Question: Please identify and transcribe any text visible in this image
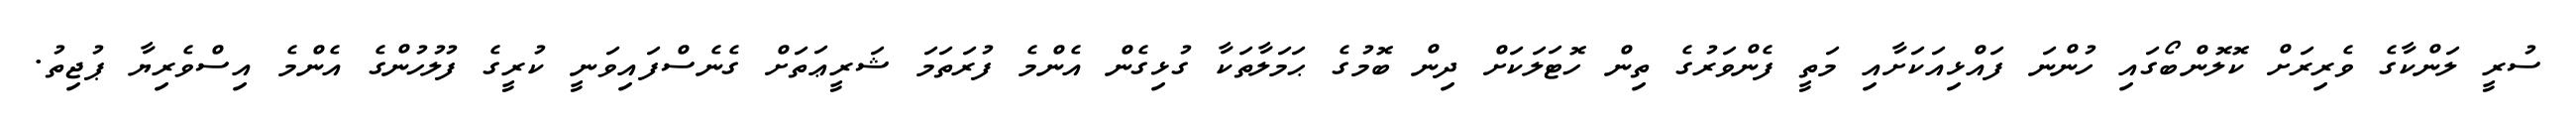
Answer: ސުރީ ލަންކާގެ ވެރިރަށް ކޮލޮންބޯގައި ހުންނަ ފައްޅިއަކަށާއި މަތީ ފެންވަރުގެ ތިން ހޮޓަލަކަށް ދިން ބޮމުގެ ޙަމަލާތަކާ ގުޅިގެން އެންމެ ފުރަތަމަ ޝަރީޢަތަށް ގެނެސްފައިވަނީ ކުރީގެ ފުލުހުންގެ އެންމެ އިސްވެރިޔާ ޕުޖިތު.